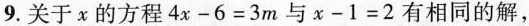
9.关于x的方程$$4 x - 6 = 3 m$$与$$x - 1 = 2$$有相同的解，